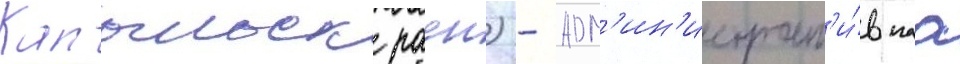
Капыльск раен) - адм'ин'истрат'и́внаа